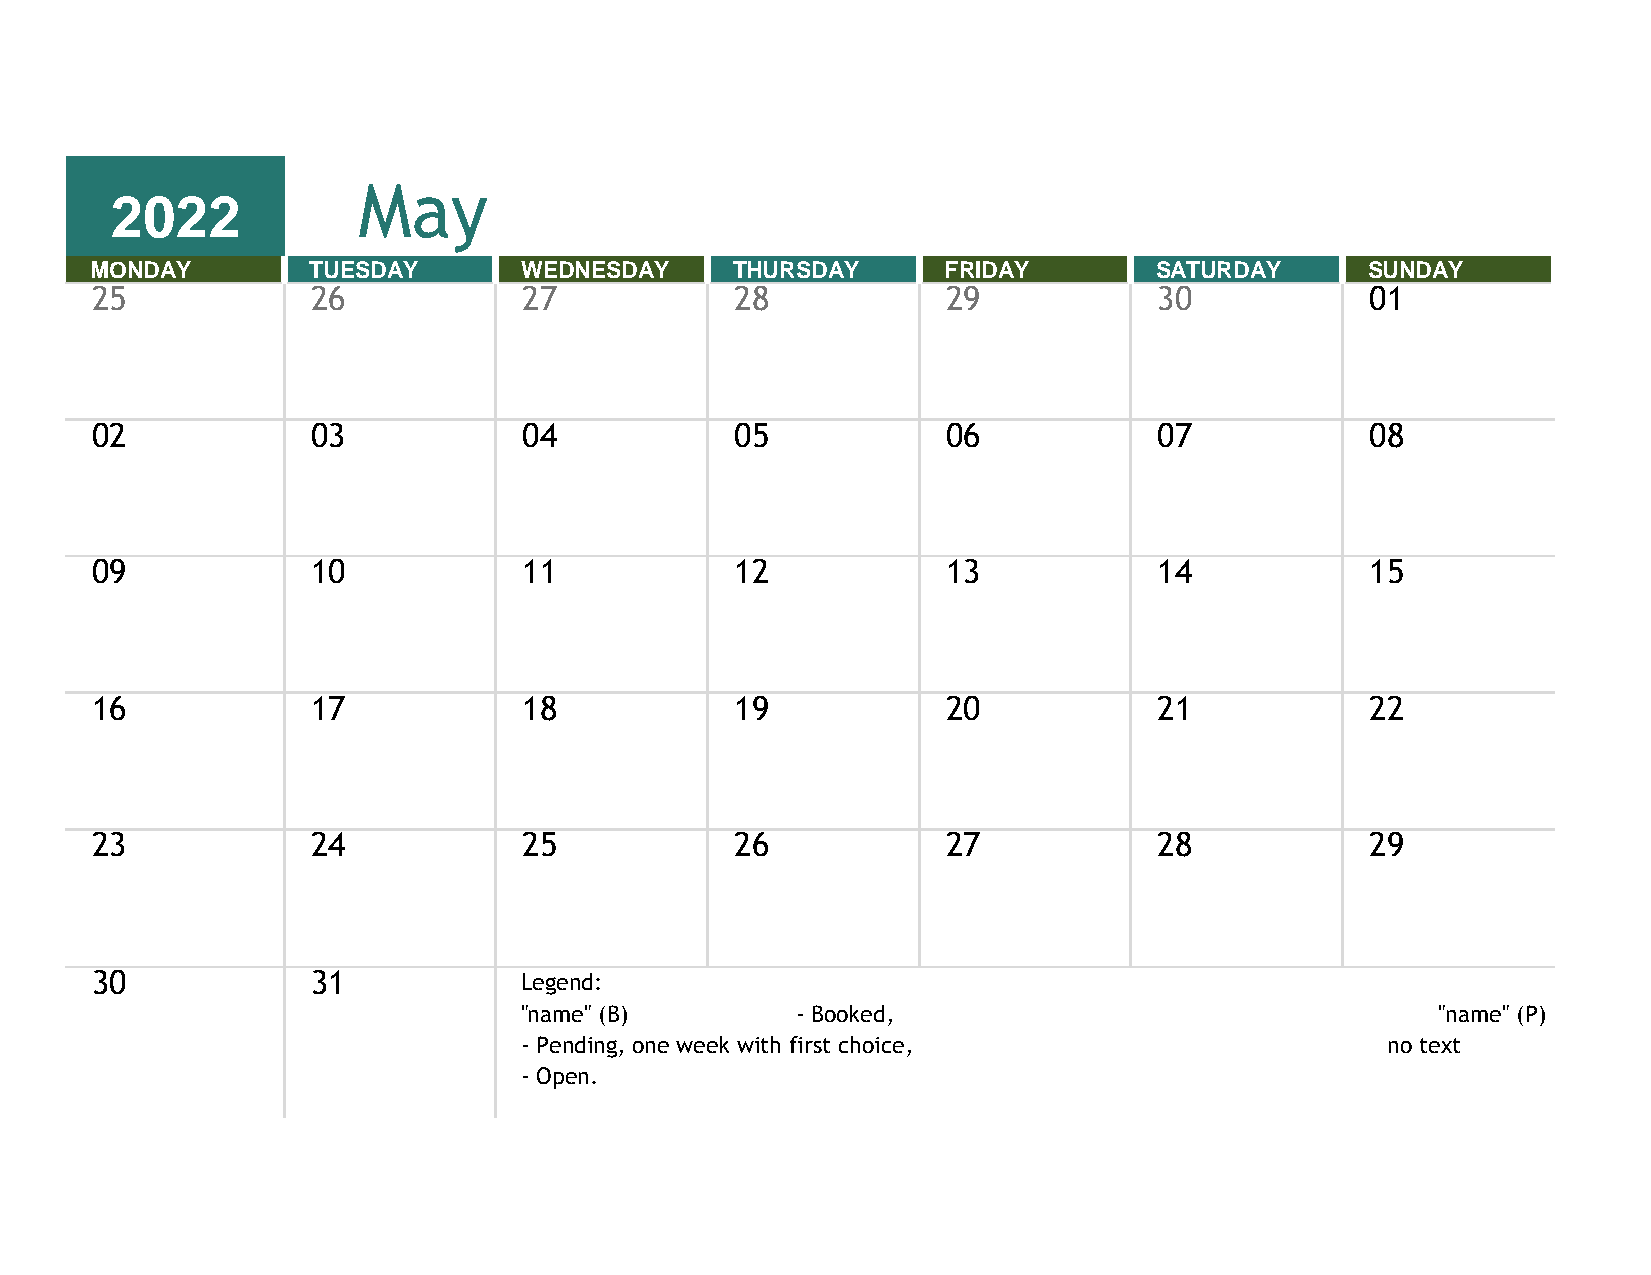
May
 2022
 MONDAY        TUESDAY       WEDNESDAY     THURSDAY      FRIDAY        SATURDAY       SUNDAY
 25             26            27            28            29            30            01
 02             03            04            05            06            07            08
 09             10            11            12            13            14            15
 16             17            18            19            20            21            22
 23             24            25            26            27            28            29
 30             31           Legend:
 "name" (B)         - Booked,                                 "name" (P)
 - Pending, one week with first choice,                    no text
 - Open.